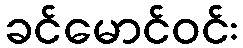
ခင်မောင်ဝင်း